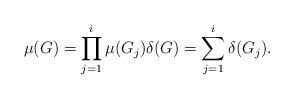
LaTeX: \begin{align*}\mu(G) = \prod_{j=1}^i \mu(G_j) \delta(G) = \sum_{j=1}^i \delta(G_j).\end{align*}